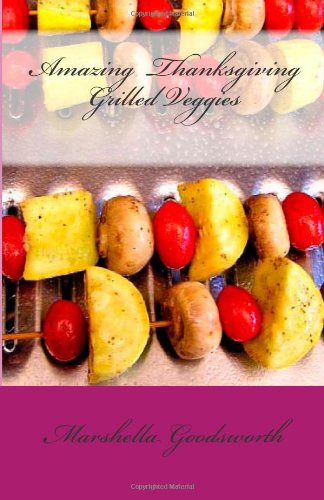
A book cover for Amazing  Thanksgiving Grilled Veggies; Marshella Goodsworth; Cookbooks, Food & Wine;